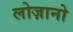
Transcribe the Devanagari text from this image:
लोज़ानो